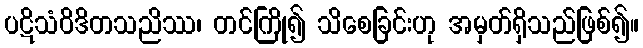
ပဋိသံဝိဒိတသညိဿ၊ တင်ကြို၍ သိစေခြင်းဟု အမှတ်ရှိသည်ဖြစ်၍။